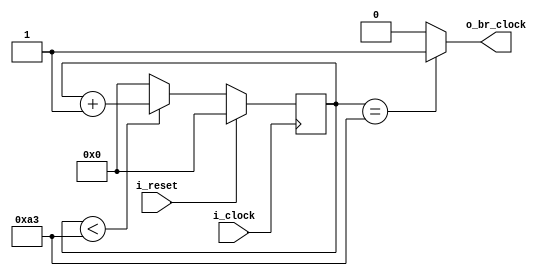
`timescale 1ns / 1ps

`define N_TICKS 16

module baudrate_generator 
    #(parameter CLK      = 50E6,
      parameter BAUDRATE = 19200
    )
    (input wire i_clock,
     input wire i_reset,
     output wire o_br_clock);

localparam integer N_CONT = CLK/(BAUDRATE*`N_TICKS);
localparam integer N_BITS = $clog2(N_CONT);

reg [N_BITS - 1:0] counter;

always @(posedge i_clock) begin
    if(i_reset)begin
        counter <= {N_BITS{1'b0}};
    end
    else begin
        if(counter < N_CONT)
            counter <= counter + 1;
        else
            counter <= {N_BITS{1'b0}};
    end    
end

assign o_br_clock = (counter==N_CONT)? 1'b1 : 1'b0;
    
endmodule

// 19200 baudrate (bits/segundo)
// 16 ticks por baudio
// clock 50 MHz
// s_tick cada 19200*16 = 307200 ticks por segundo
//